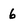
Character: 6